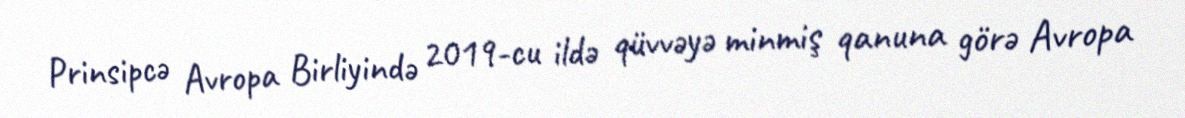
Prinsipcə Avropa Birliyində 2019-cu ildə qüvvəyə minmiş qanuna görə Avropa